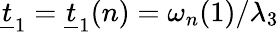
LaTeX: \underline{{t}}_{1}=\underline{{t}}_{1}(n)=\omega_{n}(1)/\lambda_{3}